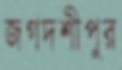
জগদশীপুর